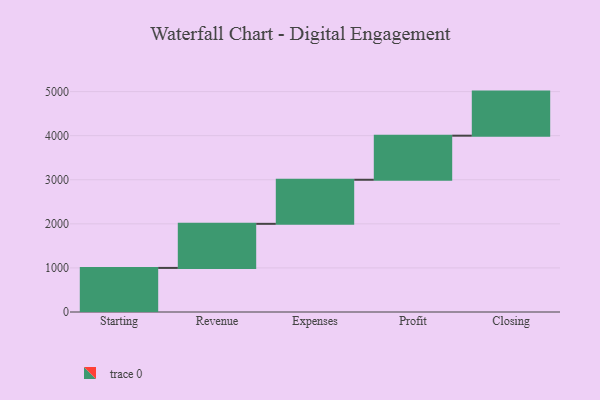
{"axis": {"x": "Step", "y": "Value"}, "legend": [""], "data": [{"x": "Starting", "y": 1000, "type": ""}, {"x": "Revenue", "y": 1000, "type": ""}, {"x": "Expenses", "y": 1000, "type": ""}, {"x": "Profit", "y": 1000, "type": ""}, {"x": "Closing", "y": 1000, "type": ""}]}